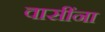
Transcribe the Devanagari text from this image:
वासींना